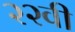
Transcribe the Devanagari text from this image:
२२वी